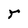
Character: r